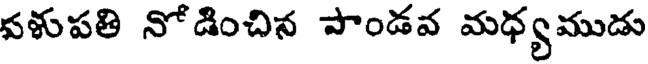
వళుపతి నోడించిన పాండవ మధ్యముడు